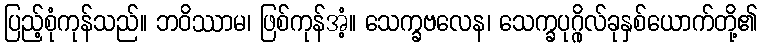
ပြည့်စုံကုန်သည်။ ဘဝိဿာမ၊ ဖြစ်ကုန်အံ့။ သေက္ခဗလေန၊ သေက္ခပုဂ္ဂိုလ်ခုနှစ်ယောက်တို့၏